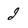
Character: I